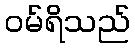
ဝမ်ရိသည်